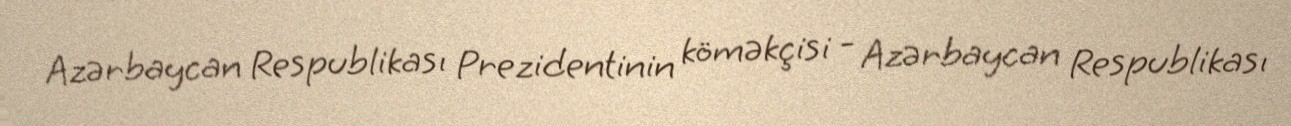
Azərbaycan Respublikası Prezidentinin köməkçisi - Azərbaycan Respublikası